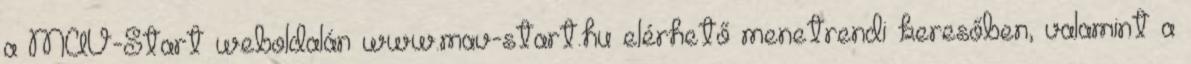
a MÁV-Start weboldalán www.mav-start.hu elérhető menetrendi keresőben, valamint a